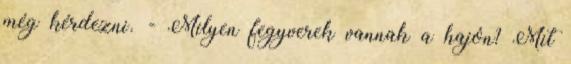
még kérdezni. - Milyen fegyverek vannak a hajón? Mit